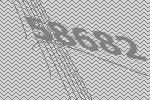
58682